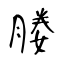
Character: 媵